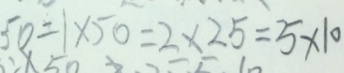
5 0 = 1 \times 5 0 = 2 \times 2 5 = 5 \times 1 0